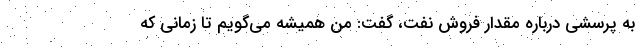
به پرسشی درباره مقدار فروش نفت، گفت: من همیشه می‌گویم تا زمانی که